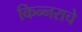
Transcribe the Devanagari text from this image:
किन्नराचे